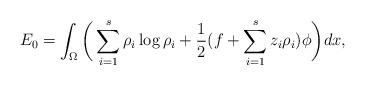
LaTeX: \begin{align*} E_0=\int_{\Omega}\bigg( \sum_{i=1}^s \rho_i\log \rho_i+\frac{1}{2}(f+\sum_{i=1}^s z_i\rho_i)\phi \bigg )d x, \end{align*}